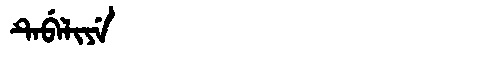
Manchu: ᡨᡝᠪᡝᠯᡳᠶᡝ
Romanization: TEBELIYE